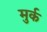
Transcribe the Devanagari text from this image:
मुर्क